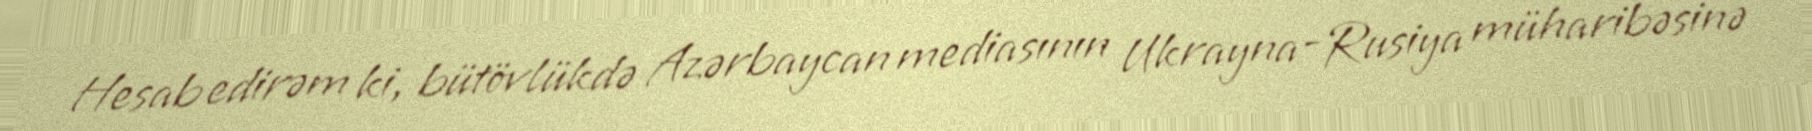
Hesab edirəm ki, bütövlükdə Azərbaycan mediasının Ukrayna-Rusiya müharibəsinə